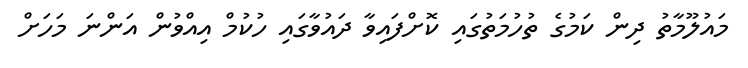
މައުލޫމާތު ދިން ކަމުގެ ތުހުމަތުގައި ކޮށްފައިވާ ދައުވާގައި ހުކުމް އިއްވުން އަންނަ މަހަށް